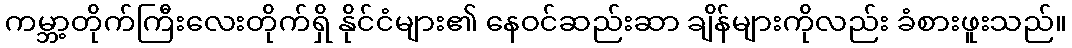
ကမ္ဘာ့တိုက်ကြီးလေးတိုက်ရှိ နိုင်ငံများ၏ နေဝင်ဆည်းဆာ ချိန်များကိုလည်း ခံစားဖူးသည်။